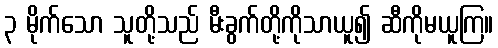
၃ မိုက်သော သူတို့သည် မီးခွက်တို့ကိုသာယူ၍ ဆီကိုမယူကြ။